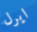
ايرل